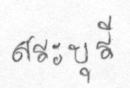
สระบุรี